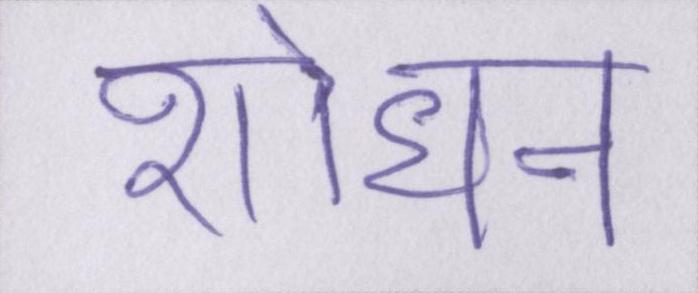
शोधन